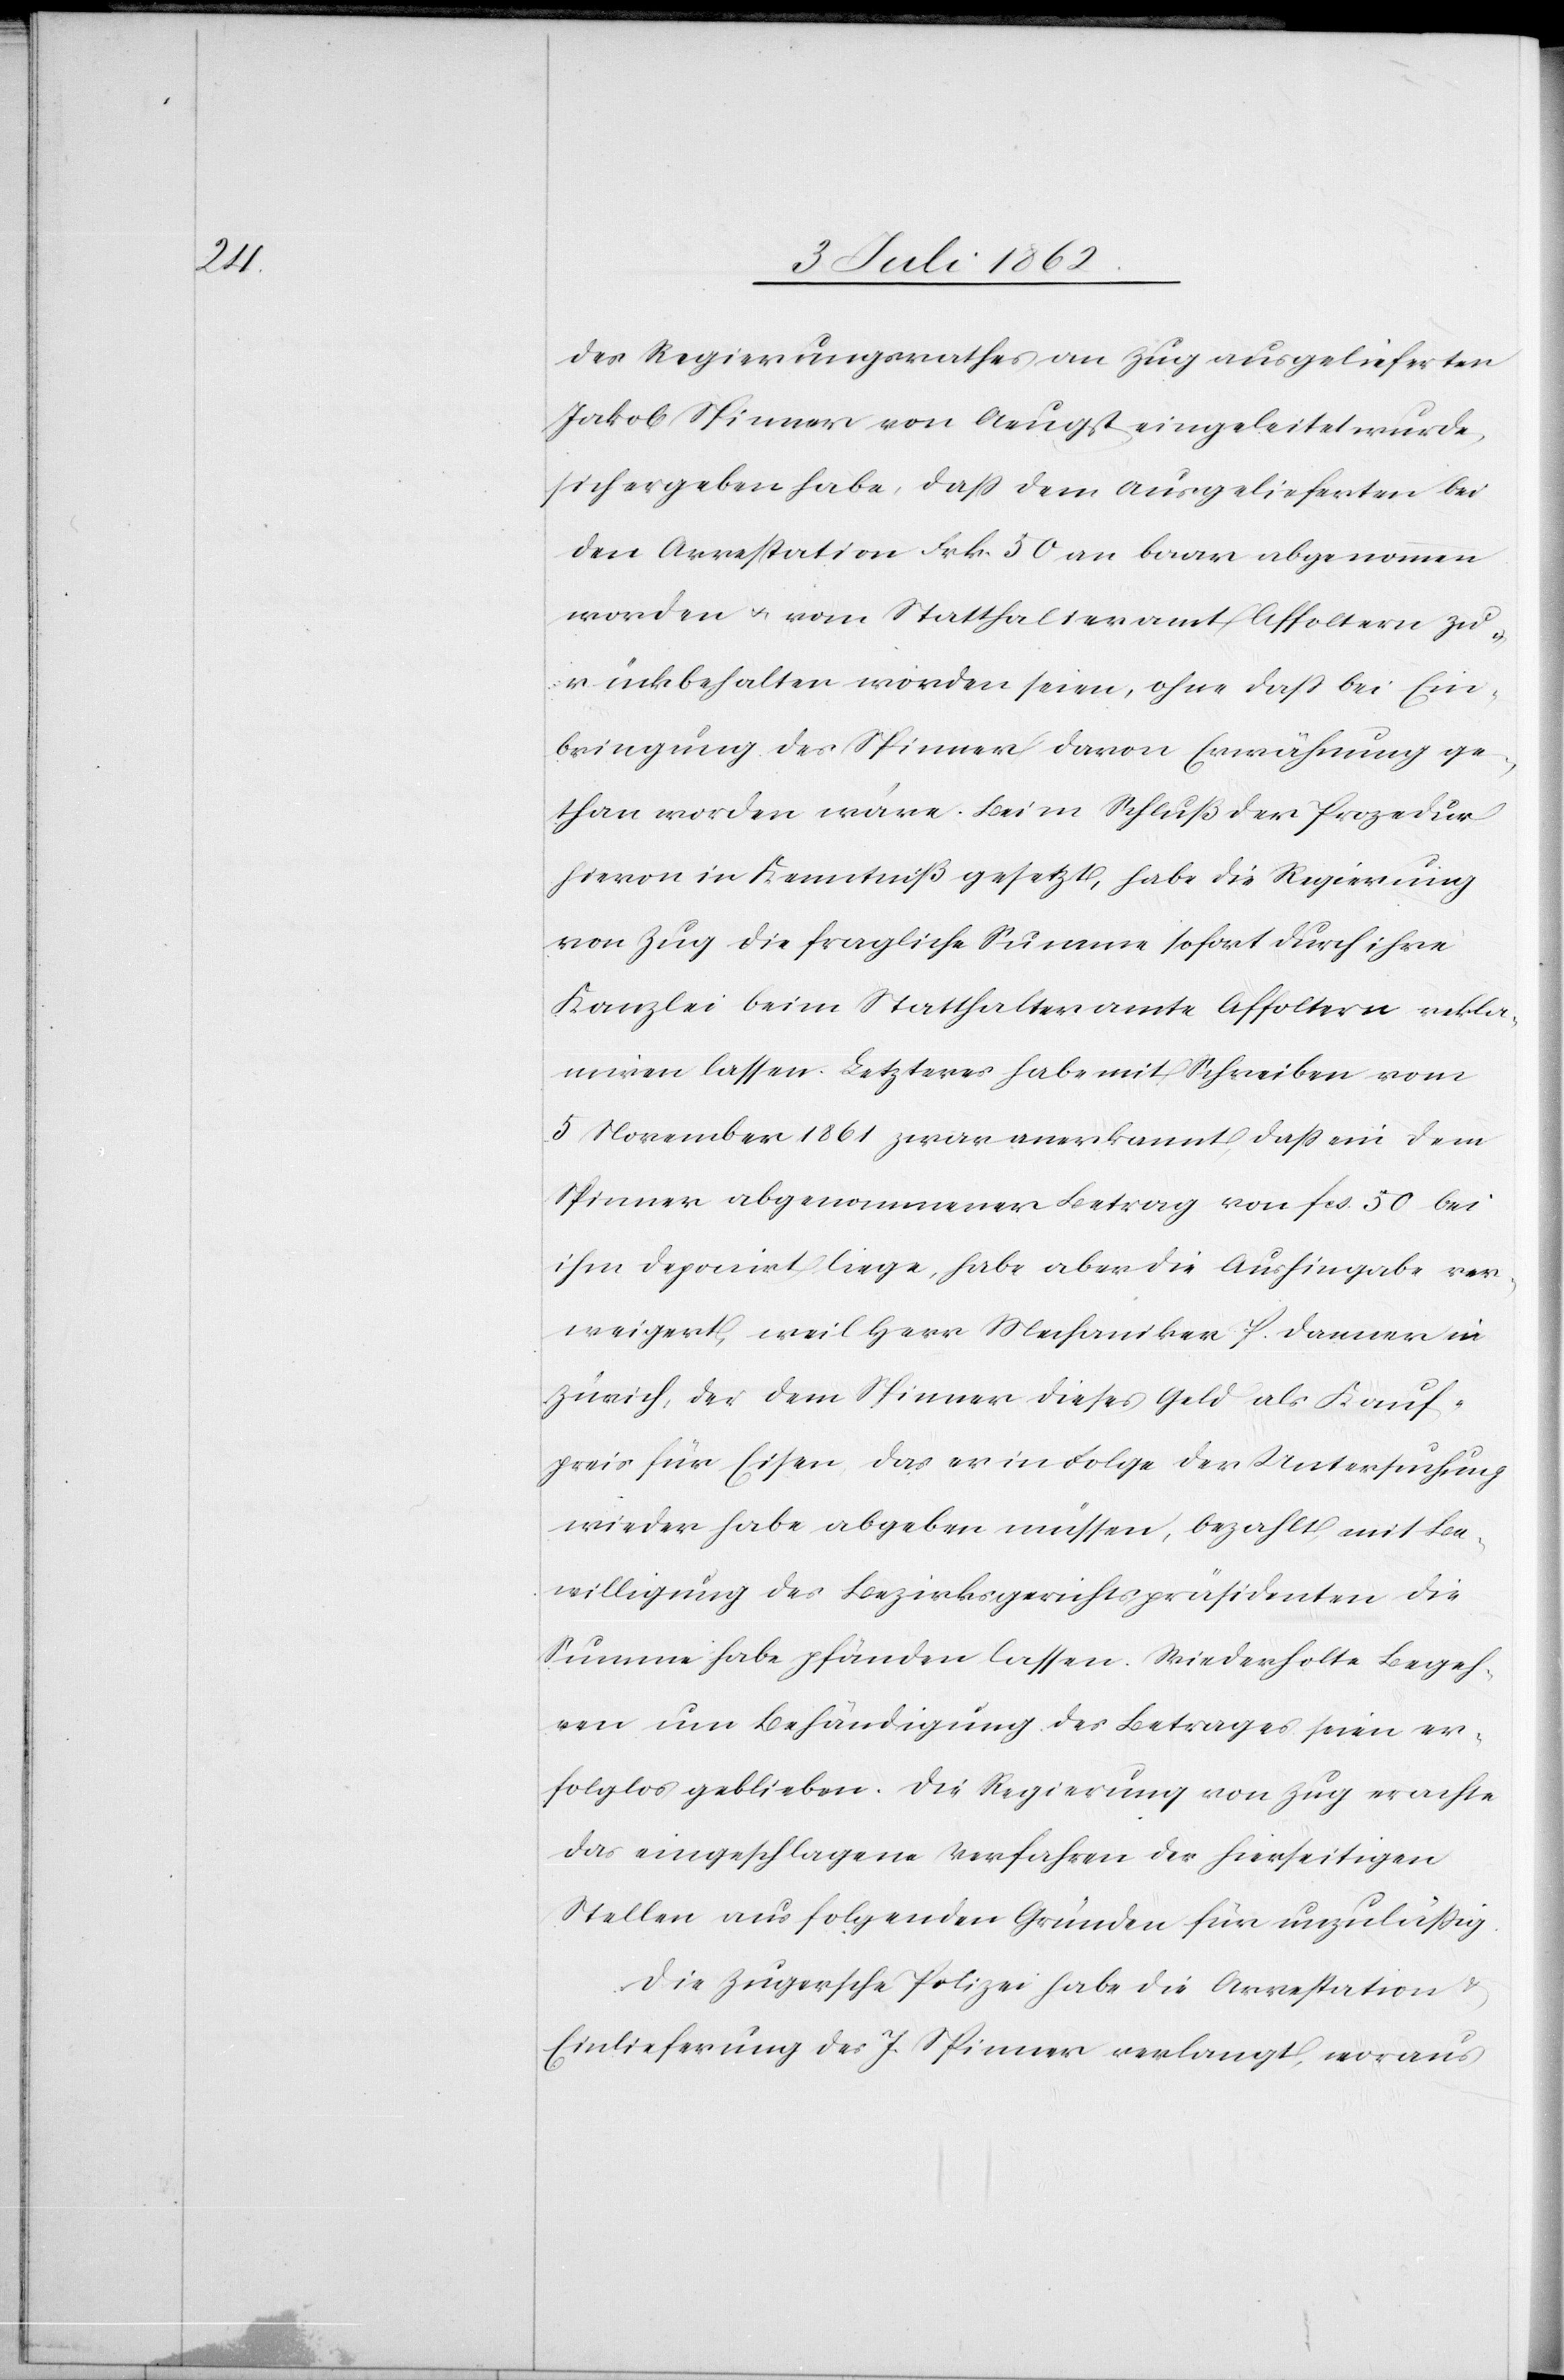
des Regierungsrathes an Zug ausgelieferten
Jakob Spinner von Aeugst eingeleitet wurde,
sich ergeben habe, daß dem Ausgelieferten bei
Arrestation Frk. 50 an baar abgenommen
worden u. vom Statthalteramt Affoltern zu¬
rückbehalten worden seien, ohne daß bei Ein¬
bringung des Spinner davon Erwähnung ge¬
than worden wäre. Beim Schluß der Prozedur
hievon in Kenntniß gesetzt, habe die Regierung
von Zug die fragliche Summe sofort durch ihre
Kanzlei beim Statthalteramte Affoltern rekla¬
miren lassen. Letzteres habe mit Schreiben vom
5 November 1861 zwar anerkannt daß ein dem
Spinner abgenommener Betrag von Fcs. 50 bei
ihm deponirt liege, habe aber die Aushingabe ver¬
weigert, weil Herr Mechaniker P. Danner in
Zürich, der dem Spinner dieses Geld als Kauf¬
preis für Eisen das er in Folge der Untersuchung
wieder habe abgeben müssen, bezahlt, mit Be¬
willigung des Bezirksgerichtspräsidenten die
Summe habe pfänden lassen. Wiederholte Begeh¬
ren um Behändigung des Betrages seien er¬
folglos geblieben. Die Regierung von Zug erachte
das eingeschlagene Verfahren der hierseitigen
Stellen aus folgenden Gründen für unzuläßig:
Die Zugersche Polizei habe die Arrestation u.
Einlieferung des J. Spinner verlangt, woraus